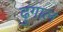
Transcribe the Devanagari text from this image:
ढुंगाल